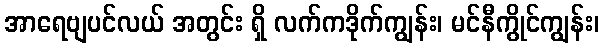
အာရေဗျပင်လယ် အတွင်း ရှိ လက်ကဒိုက်ကျွန်း၊ မင်နီကွိုင်ကျွန်း၊